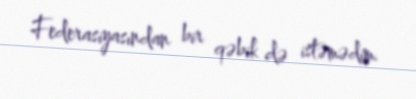
Federasiyasından bir qəbik də istəmədim.